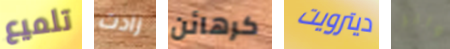
تلميع زادت كرهائن ديترويت والر